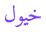
خيول